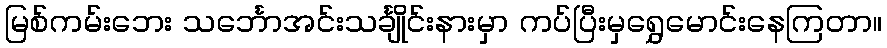
မြစ်ကမ်းဘေး သင်္ဘောအင်းသင်္ချိုင်းနားမှာ ကပ်ပြီးမှရွှေမောင်းနေကြတာ။